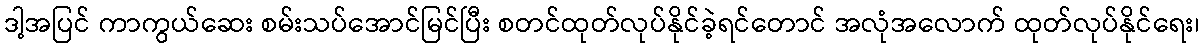
ဒါ့အပြင် ကာကွယ်ဆေး စမ်းသပ်အောင်မြင်ပြီး စတင်ထုတ်လုပ်နိုင်ခဲ့ရင်တောင် အလုံအလောက် ထုတ်လုပ်နိုင်ရေး၊